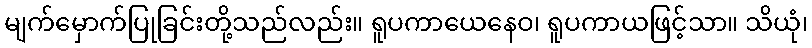
မျက်မှောက်ပြုခြင်းတို့သည်လည်း။ ရူပကာယေနေဝ၊ ရူပကာယဖြင့်သာ။ သိယုံ၊